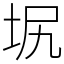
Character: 㘲